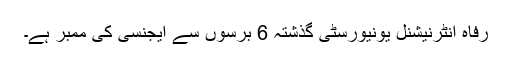
رفاہ انٹرنیشنل یونیورسٹی گذشتہ 6 برسوں سے ایجنسی کی ممبر ہے۔